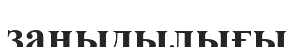
заңыдылығы